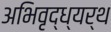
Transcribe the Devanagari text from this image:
अभिवृद्ध्यर्थ